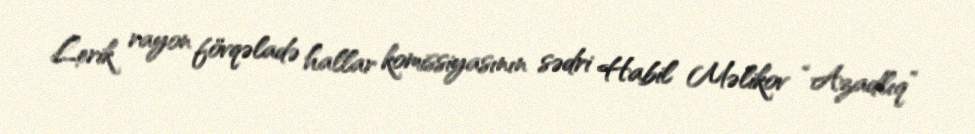
Lerik rayon fövqəladə hallar komissiyasının sədri Habil Məlikov “Azadlıq”